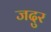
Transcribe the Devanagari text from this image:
जदुर